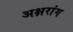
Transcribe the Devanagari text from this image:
अक्षरांग